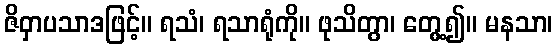
ဇိဝှာပသာဒဖြင့်။ ရသံ၊ ရသာရုံကို။ ဖုသိတွာ၊ တွေ့၍။ မနသာ၊